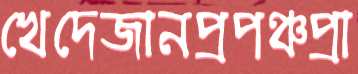
খেদেজানপ্রপঞ্চপ্রা